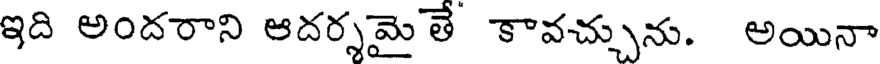
ఇది అందరాని ఆదర్శమైతే కావచ్చును. అయినా